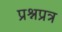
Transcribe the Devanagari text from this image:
प्रश्नप्रत्र